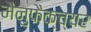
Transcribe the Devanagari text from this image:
मैनुफैक्च्यर